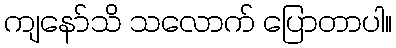
ကျနော်သိ သလောက် ပြောတာပါ။